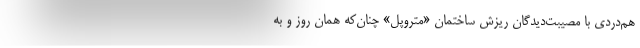
هم‌دردی با مصیبت‌دیدگان ریزش ساختمان «متروپل» چنان‌که همان روز و به